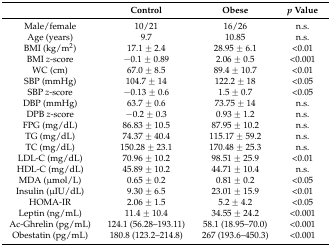
<table><thead><tr><td></td><td><b>Control</b></td><td><b>Obese</b></td><td><b><i>p</i> Value</b></td></tr></thead><tbody><tr><td>Male/female</td><td>10/21</td><td>16/26</td><td>n.s.</td></tr><tr><td>Age (years)</td><td>9.7</td><td>10.85</td><td>n.s.</td></tr><tr><td>BMI (kg/m<sup>2</sup>)</td><td>17.1 ± 2.4</td><td>28.95 ± 6.1</td><td>&lt;0.01</td></tr><tr><td>BMI <i>z</i>-score</td><td>−0.1 ± 0.89</td><td>2.06 ± 0.5</td><td>&lt;0.001</td></tr><tr><td>WC (cm)</td><td>67.0 ± 8.5</td><td>89.4 ± 10.7</td><td>&lt;0.01</td></tr><tr><td>SBP (mmHg)</td><td>104.7 ± 14</td><td>122.2 ± 18</td><td>&lt;0.05</td></tr><tr><td>SBP <i>z</i>-score</td><td>−0.13 ± 0.6</td><td>1.5 ± 0.7</td><td>&lt;0.05</td></tr><tr><td>DBP (mmHg)</td><td>63.7 ± 0.6</td><td>73.75 ± 14</td><td>n.s.</td></tr><tr><td>DPB <i>z</i>-score</td><td>−0.2 ± 0.3</td><td>0.93 ± 1.2</td><td>n.s.</td></tr><tr><td>FPG (mg/dL)</td><td>86.83 ± 10.5</td><td>87.95 ± 10.2</td><td>n.s.</td></tr><tr><td>TG (mg/dL)</td><td>74.37 ± 40.4</td><td>115.17 ± 59.2</td><td>n.s.</td></tr><tr><td>TC (mg/dL)</td><td>150.28 ± 23.1</td><td>170.48 ± 25.3</td><td>n.s.</td></tr><tr><td>LDL-C (mg/dL)</td><td>70.96 ± 10.2</td><td>98.51 ± 25.9</td><td>&lt;0.01</td></tr><tr><td>HDL-C (mg/dL)</td><td>45.89 ± 10.2</td><td>44.71 ± 10.4</td><td>n.s.</td></tr><tr><td>MDA (μmol/L)</td><td>0.65 ± 0.2</td><td>0.81 ± 0.2</td><td>&lt;0.05</td></tr><tr><td>Insulin (μIU/dL)</td><td>9.30 ± 6.5</td><td>23.01 ± 15.9</td><td>&lt;0.01</td></tr><tr><td>HOMA-IR</td><td>2.06 ± 1.5</td><td>5.2 ± 4.2</td><td>&lt;0.05</td></tr><tr><td>Leptin (ng/mL)</td><td>11.4 ± 10.4</td><td>34.55 ± 24.2</td><td>&lt;0.001</td></tr><tr><td>Ac-Ghrelin (pg/mL)</td><td>124.1 (56.28–193.11)</td><td>58.1 (18.95–70.0)</td><td>&lt;0.001</td></tr><tr><td>Obestatin (pg/mL)</td><td>180.8 (123.2–214.8)</td><td>267 (193.6–450.3)</td><td>&lt;0.001</td></tr></tbody></table>